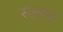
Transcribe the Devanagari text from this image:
सलगा